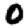
Digit: 0